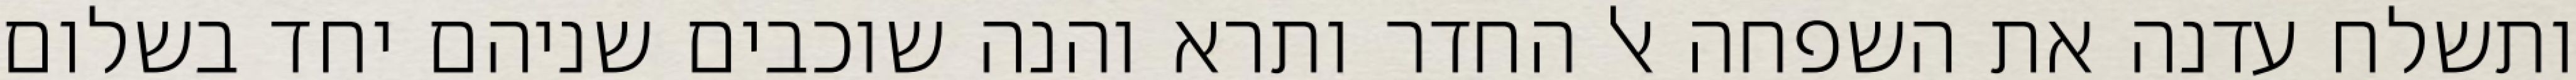
ותשלח עדנה את השפחה אל החדר ותרא והנה שוכבים שניהם יחד בשלום